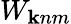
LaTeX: W_{{\mathbf k}nm}